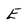
Character: E